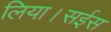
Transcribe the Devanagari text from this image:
लिया।सईस